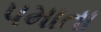
પમાતા